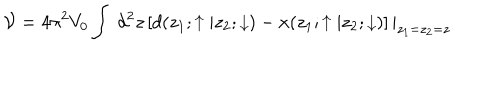
LaTeX: { \cal V } = 4 \pi ^ { 2 } V _ { 0 } \int { { \ d ^ { 2 } z } } \left[ d ( z _ { 1 } ; \uparrow | z _ { 2 } ; \downarrow ) - x ( z _ { 1 } ; \uparrow | z _ { 2 } ; \downarrow ) \right] | _ { z _ { 1 } = z _ { 2 } = z }